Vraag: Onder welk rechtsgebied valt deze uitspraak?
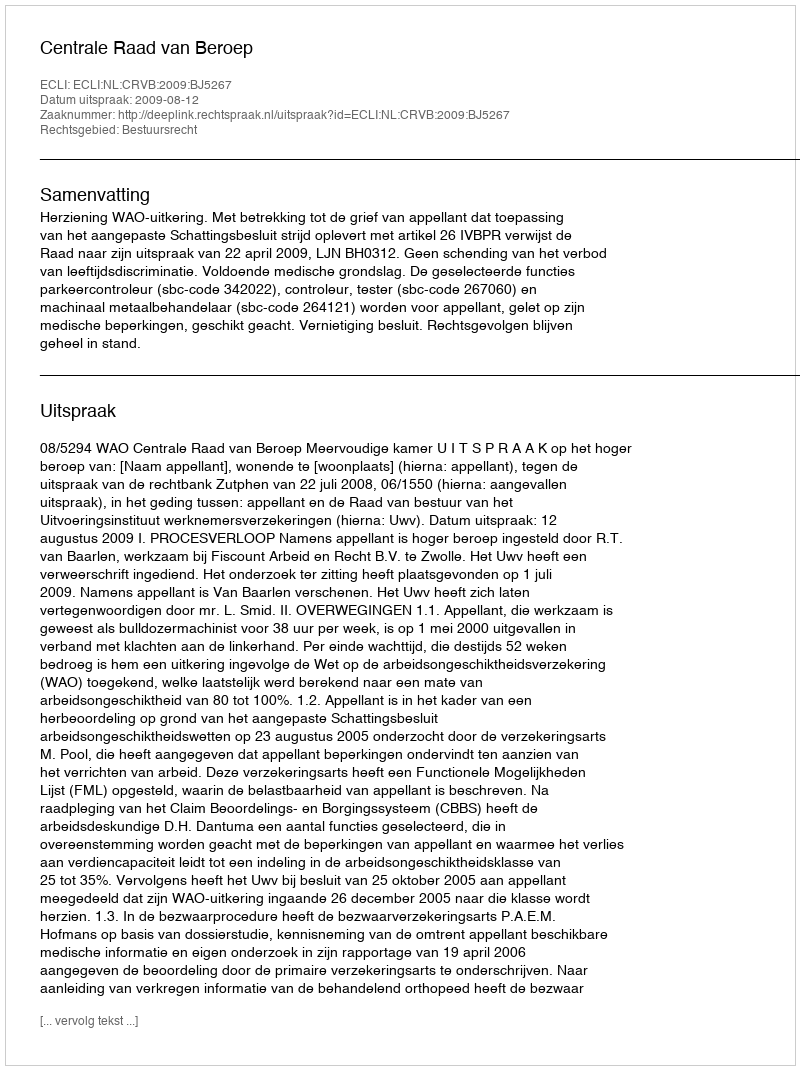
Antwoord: Bestuursrecht